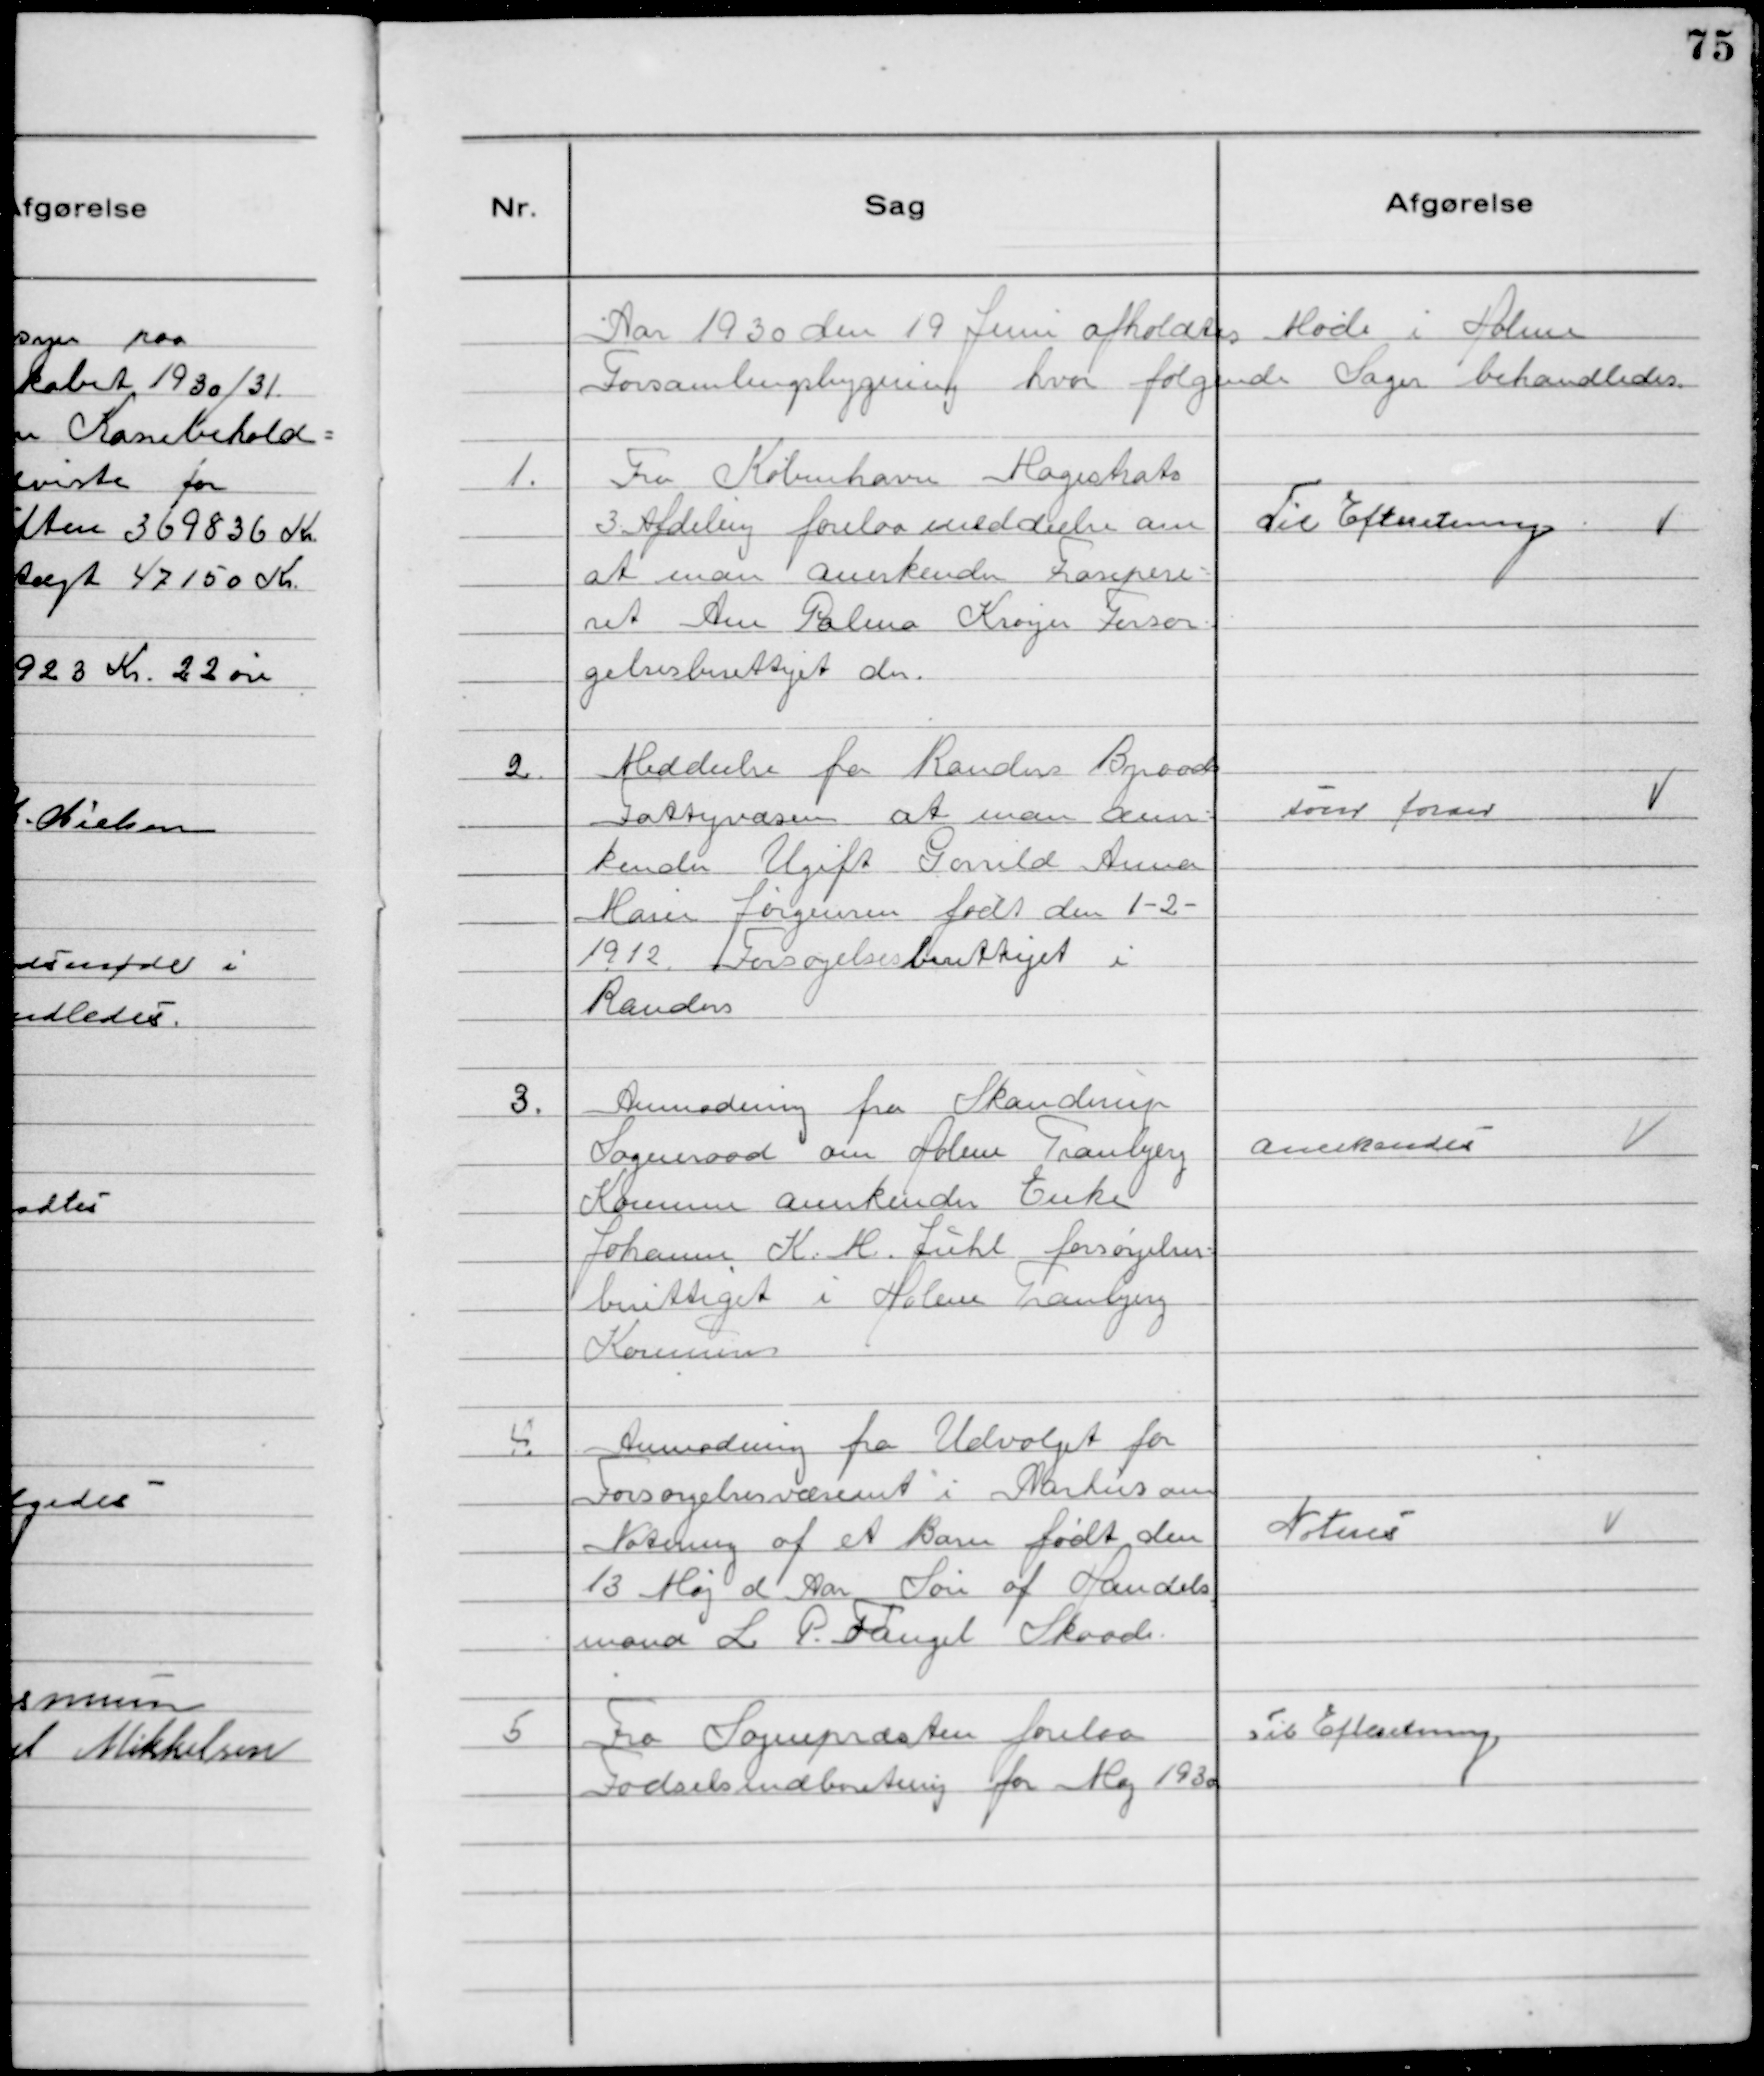
Transskription:
Aar 1930 den 19 Juni afholdtes Møde i Holme
Forsamlingsbygning hvor følgende Sager behandledes.

1. Fra København Magistrats
3. Afdeling forelaa meddeelse om
at man anerkender Frasepere-
ret Ann Palma Krøyer Forsør-
gelsesberettiget der.

Til Efteretning

2. Meddeelse Randers Byraads
Fattigvæsen at man aner-
kender Ugift Gorild Anna
Marie Jørgensen født den 1-2-
1912 Forsørgelsesberettiget i
Randers

som foran

3. Anmodning fra Skanderup
Sogneraad om Holme Tranbjerg
Kommune anerkender Enke
Johanne K. M. Juhl forsørgelses-
berettiget i Holme Tranbjerg
Kommune

Anerkendes

4. Anmodning fra Udvalget for
Forsørgelsesvæsenet i Aarhus om
Notering af et Barn født den
13 Maj d Aar Søn af Handels
mand L P. Fangel Skaade.

Noteres

5. Fra Sognepræsten forelaa
Fødselsindberetning for Maj 1930

Til Efteretning